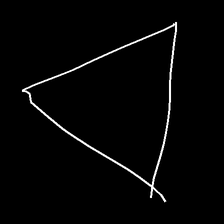
Glyph: convergence